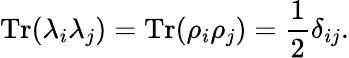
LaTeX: \mathrm{Tr}(\lambda_{i}\lambda_{j})=\mathrm{Tr}(\rho_{i}\rho_{j})=\frac 12\delta_{ij}.